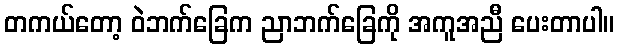
တကယ်တော့ ဝဲဘက်ခြေက ညာဘက်ခြေကို အကူအညီ ပေးတာပါ။